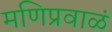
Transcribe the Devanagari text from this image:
मणिप्रवाळं